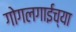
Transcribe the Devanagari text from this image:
गोगलगाईच्या